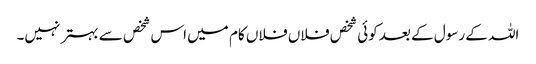
اللہ کے رسول کے بعد کوئی شخص فلاں فلاں کام میں اس شخص سے بہتر نہیں۔